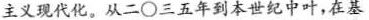
主义现代化。从二○三五年到本世纪中叶，在基